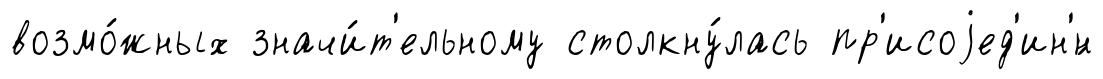
возмо́жных значи́т'ельному столкну́лась пр'исоjед'ин'́н